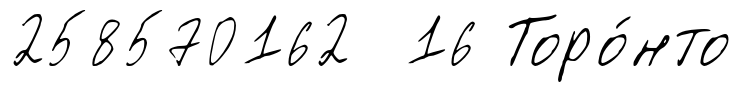
258570162 16 Торо́нто